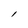
Character: l